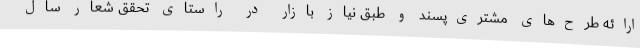
ارائه طرح‌های مشتری‌پسند و طبق نیاز بازار در راستای تحقق شعار سال